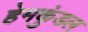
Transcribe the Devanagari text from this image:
हेमकुंडल